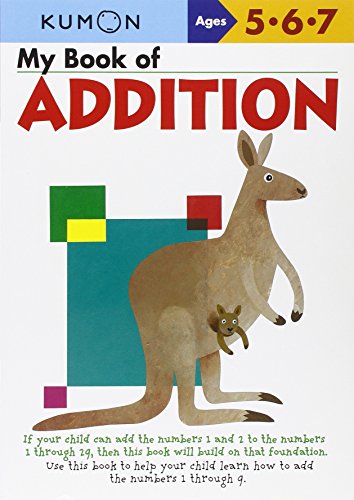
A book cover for My Book of Addition; Children's Books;